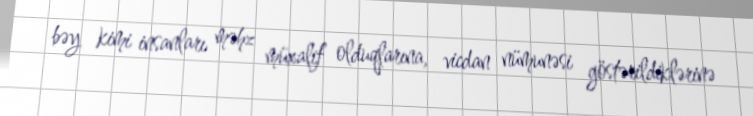
bəy kimi insanları məhz müxalif olduqlarına, vicdan nümunəsi göstərildiklərinə